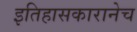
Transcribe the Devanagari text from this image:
इतिहासकारानेच